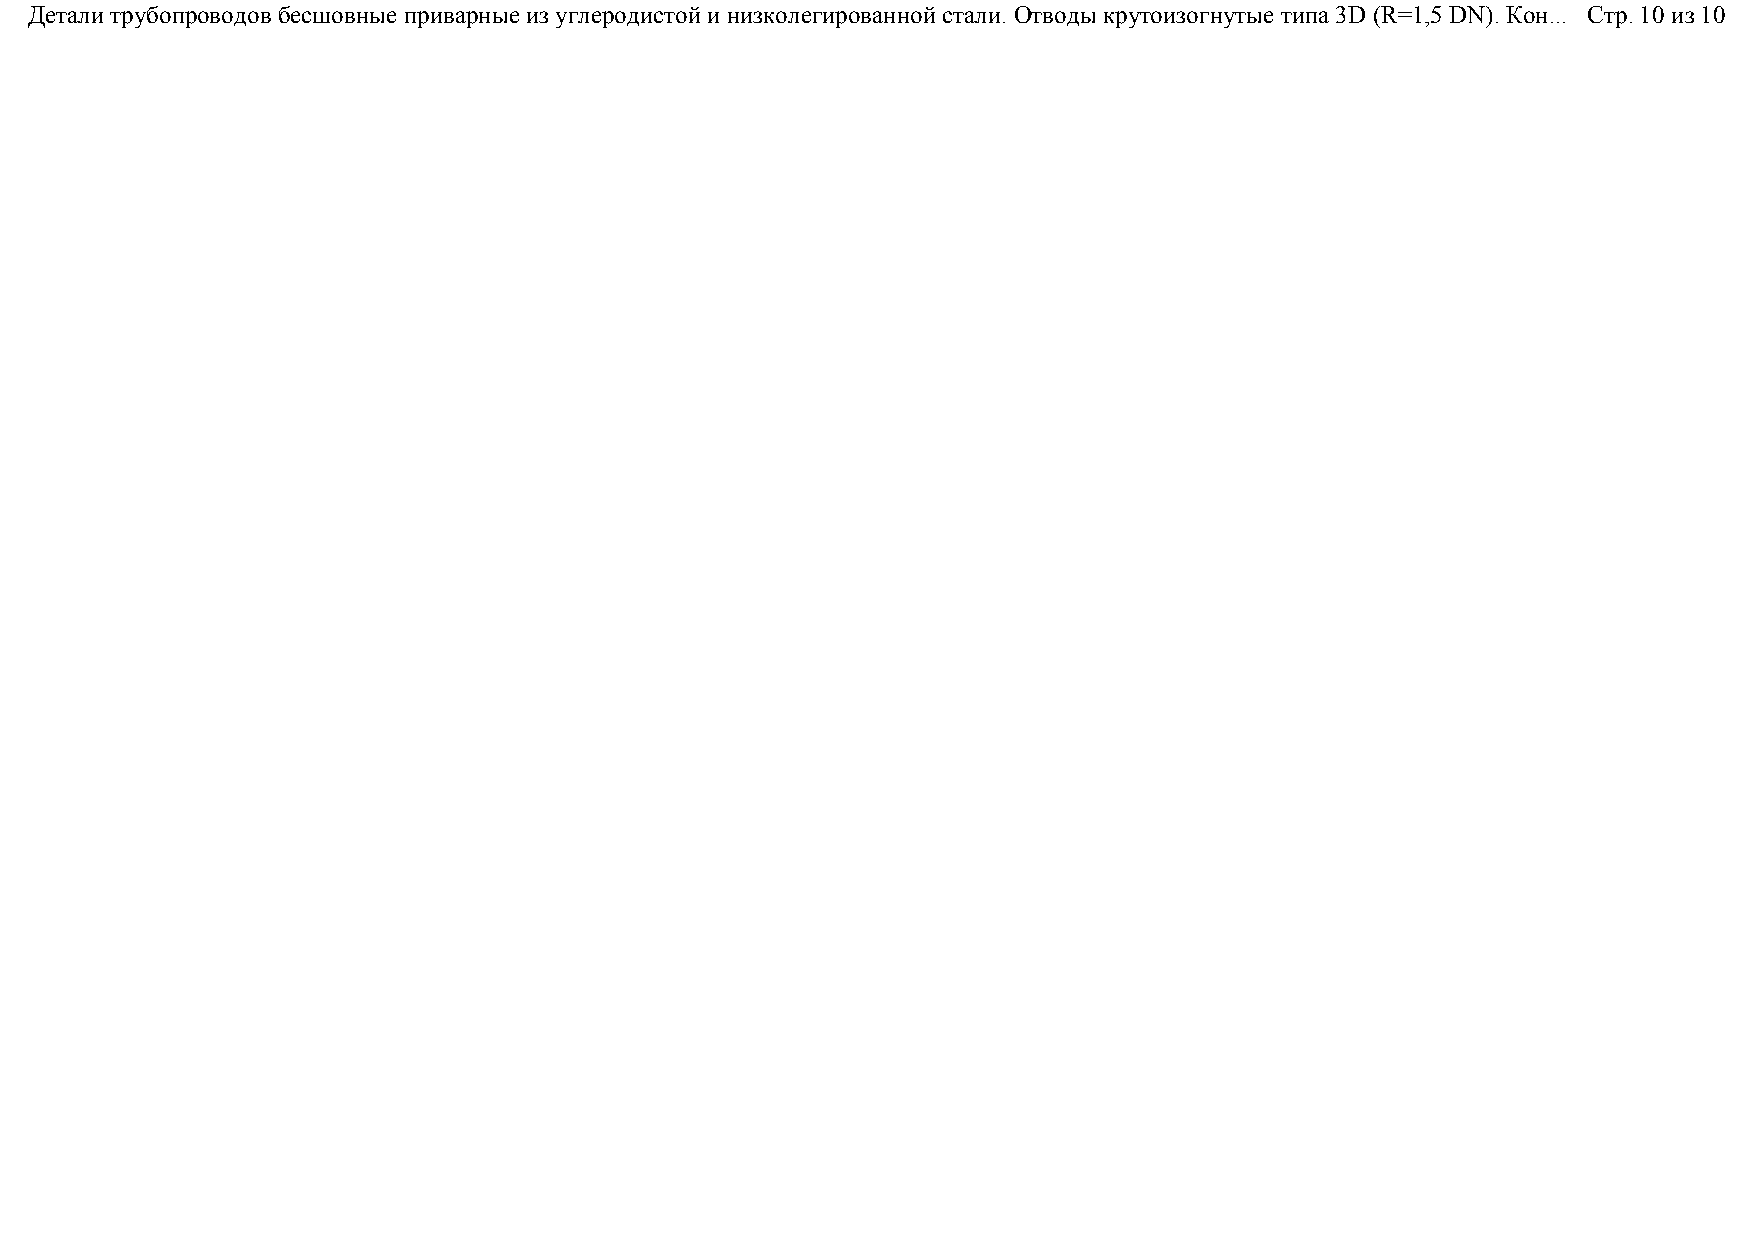
Детали трубопроводов бесшовные приварные из углеродистой и низколегированной стали. Отводы крутоизогнутые типа 3D (R=1,5 DN). Кон... Стр. 10 из 10